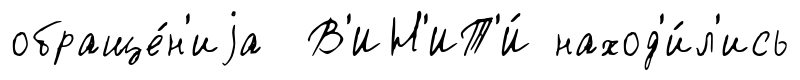
обраще́н'иjа В'ИН'ИТ'И́ наход'и́л'ись